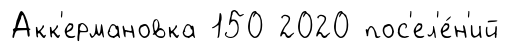
Акк'ермановка 150 2020 пос'ел'е́н'ий